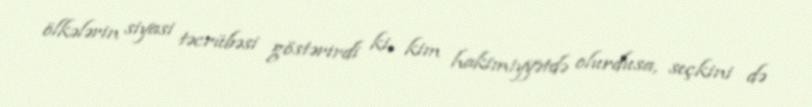
ölkələrin siyasi təcrübəsi göstərirdi ki, kim hakimiyyətdə olurdusa, seçkini də